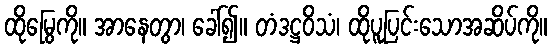
ထိုမြွေကို။ အာနေတွာ၊ ခေါ်၍။ တံဒဋ္ဌဝိသံ၊ ထိုပူပြင်းသောအဆိပ်ကို။